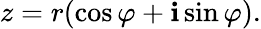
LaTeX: z=r(\cos\varphi+\mathbf{i}\sin\varphi).